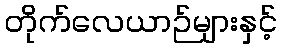
တိုက်လေယာဉ်များနှင့်